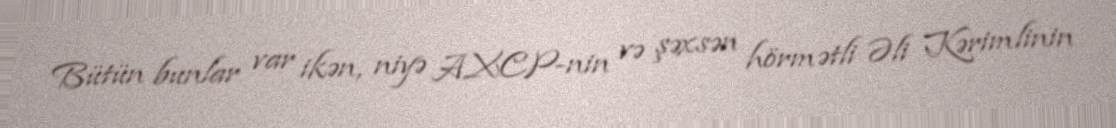
Bütün bunlar var ikən, niyə AXCP-nin və şəxsən hörmətli Əli Kərimlinin